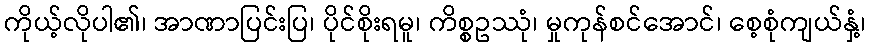
ကိုယ့်လိုပါ၏၊ အာဏာပြင်းပြ၊ ပိုင်စိုးရမူ၊ ကိစ္စဥဿုံ၊ မှုကုန်စင်အောင်၊ စေ့စုံကျယ်နှံ့၊